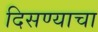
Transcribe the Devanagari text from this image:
दिसण्याचा